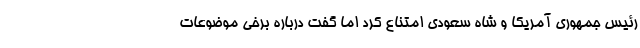
رئیس جمهوری آمریکا و شاه سعودی امتناع کرد اما گفت درباره برخی موضوعات